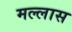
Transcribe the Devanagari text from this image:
मल्लास